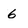
Character: 6